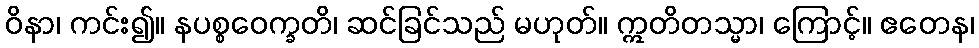
ဝိနာ၊ ကင်း၍။ နပစ္စဝေက္ခတိ၊ ဆင်ခြင်သည် မဟုတ်။ ဣတိတသ္မာ၊ ကြောင့်။ ဧတေန၊